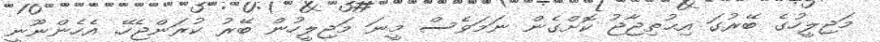
މަޖިލީހުގެ ބޭރުގަ އިޙުތިޖާޖު ކޮށްގެން ނަމަވެސް މީނަ މަޖިލީހުން ބޭރު ކުރަންޖެހޭ. އެހެންނޫނީ